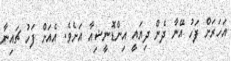
އަހަރަށް ފަހު އޭނާ ދެން ދިޔައީ އިންޑޮނީޝިއާ އަށެވެ. އެއަށް ފަހު ޗައިނާ